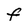
Character: F